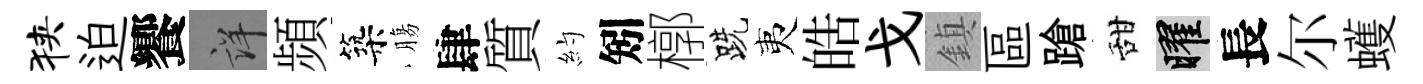
狭迫饗詳頻築膓肆質約矧槨跣夷皓戈鎮區蹌甜曜長尔蠖